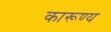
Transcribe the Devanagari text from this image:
कारूण्य